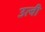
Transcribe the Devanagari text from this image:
उत्वी